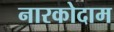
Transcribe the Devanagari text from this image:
नारकोदाम